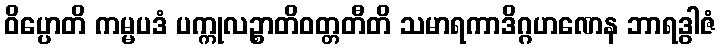
ဝိပ္ပောတိ ကမ္မပဒံ ပက္ကုလဉ္စာတိဝတ္တတီတိ သမာရကာဒိဂ္ဂဟဏေန ဘာရဒွါဇံ